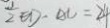
\frac { 1 } { 2 } E D \cdot A C = 2 4